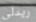
ريدلي